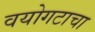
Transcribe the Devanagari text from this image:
वयोगटाचा